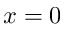
x = 0